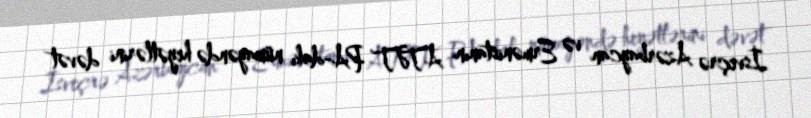
İsveçrə Azərbaycan və Ermənistanın ATƏT PA-dakı nümayəndə heyətlərini dəvət